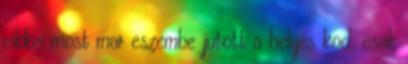
cikkei most mar eszembe jutott a helyes kod, csak